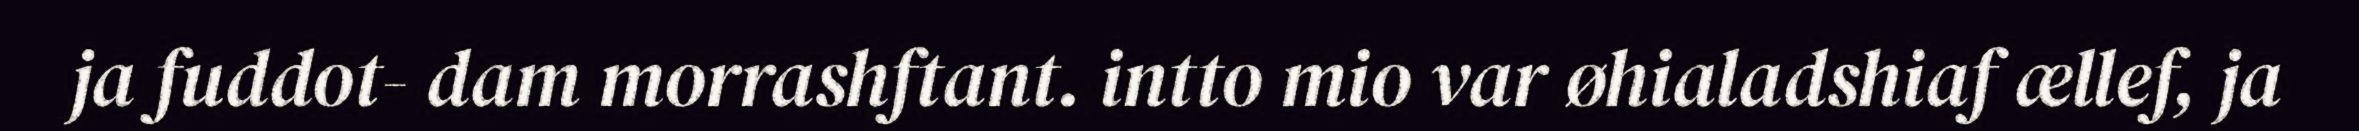
ja fuddot- dam morrashftant. intto mio var øhialadshiaf ællef, ja